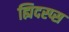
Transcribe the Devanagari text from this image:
ह्यिदस्प्स